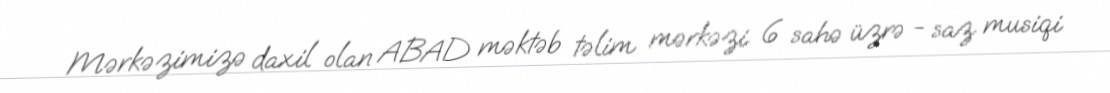
Mərkəzimizə daxil olan ABAD məktəb təlim mərkəzi 6 sahə üzrə - saz musiqi